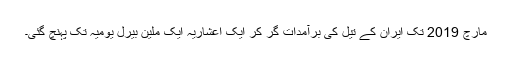
مارچ 2019 تک ایران کے تیل کی برآمدات گِر کر ایک اعشاریہ ایک ملین بیرل یومیہ تک پہنچ گئی۔